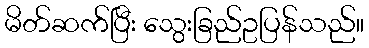
မိတ်ဆက်ပြီး သွေးခြည်ဥပြန်သည်။